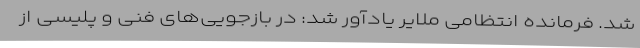
شد. فرمانده انتظامی ملایر یادآور شد: در بازجویی‌های فنی و پلیسی از